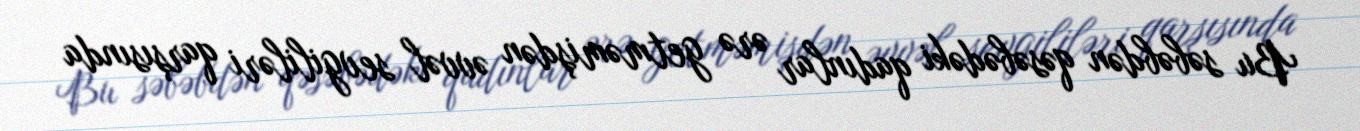
Bu səbəbdən qəsəbədəki qadınlar ərə getməmişdən əvvəl sevgililəri qarşısında